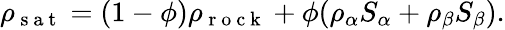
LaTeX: \rho_{\mathrm{~s~a~t~}}=(1-\phi)\rho_{\mathrm{~r~o~c~k~}}+\phi(\rho_{\alpha}S_{\alpha}+\rho_{\beta}S_{\beta}).